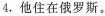
4.他住在俄罗斯。